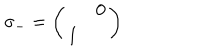
LaTeX: \sigma _ { - } = \left( \begin{array} { c c } { { } } & { { 0 } } \\ { { 1 } } & { { } } \\ \end{array} \right)